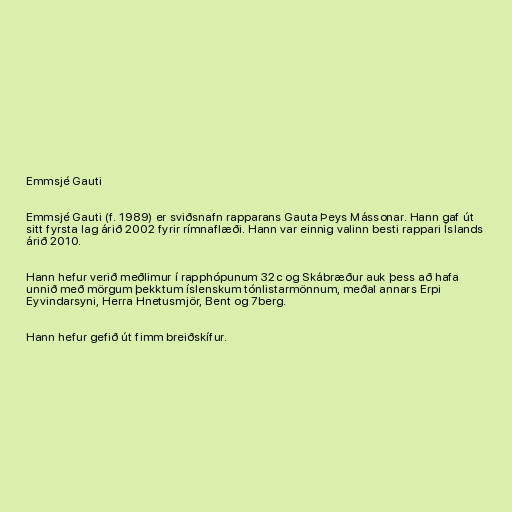
Emmsjé Gauti

Emmsjé Gauti (f. 1989) er sviðsnafn rapparans Gauta Þeys Mássonar. Hann gaf út
sitt fyrsta lag árið 2002 fyrir rímnaflæði. Hann var einnig valinn besti rappari Íslands
árið 2010.

Hann hefur verið meðlimur í rapphópunum 32c og Skábræður auk þess að hafa
unnið með mörgum þekktum íslenskum tónlistarmönnum, meðal annars Erpi
Eyvindarsyni, Herra Hnetusmjör, Bent og 7berg.

Hann hefur gefið út fimm breiðskífur.